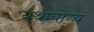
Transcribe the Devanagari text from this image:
यथायोग्यं